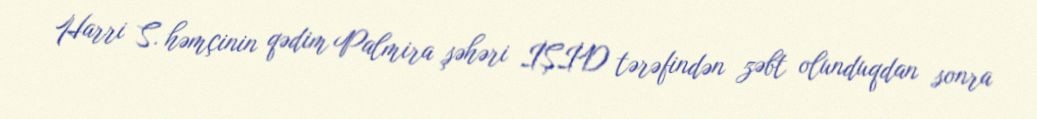
Harri S. həmçinin qədim Palmira şəhəri İŞİD tərəfindən zəbt olunduqdan sonra